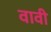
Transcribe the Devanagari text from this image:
वावी